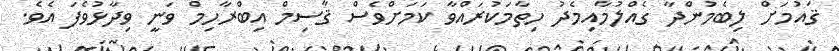
ޤައުމަށް ލިބެމުންދާ ގެއްލުމާއިމެދު ހިތާމަކުރައްވާ ކަމަށްވެސް ޤާސިމް އިބްރާހިމް ވަނީ ވިދާޅުވެފަ އެވެ.